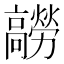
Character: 髝